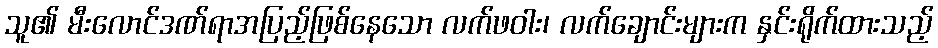
သူ၏ မီးလောင်ဒဏ်ရာအပြည့်ဖြစ်နေသော လက်ဖဝါး၊ လက်ချောင်းများက နှင်းရိုက်ထားသည့်